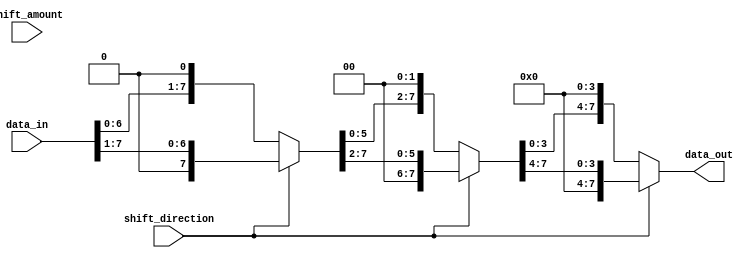
module Barrel_Shifter (
    input [7:0] data_in,
    input [2:0] shift_amount,
    input shift_direction,
    output [7:0] data_out
);

    // Define internal signals
    wire [7:0] stage1_out, stage2_out, stage3_out;

    // Stage 1: Shift data by 1 bit
    assign stage1_out = (shift_direction) ? (data_in >> 1) : (data_in << 1);

    // Stage 2: Shift data by 2 bits
    assign stage2_out = (shift_direction) ? (stage1_out >> 2) : (stage1_out << 2);

    // Stage 3: Shift data by 4 bits
    assign stage3_out = (shift_direction) ? (stage2_out >> 4) : (stage2_out << 4);

    // Final output
    assign data_out = stage3_out;

endmodule